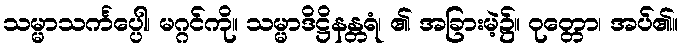
သမ္မာသင်္ကပ္ပေါ၊ မဂ္ဂင်ကို။ သမ္မာဒိဋ္ဌိနန္တရံ၊ ၏ အခြားမဲ့၌။ ဝုတ္တော၊ အပ်၏။